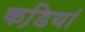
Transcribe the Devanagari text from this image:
कडि़यां